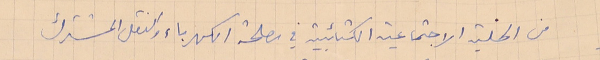
من الخلية الاجتماعية الكتائبية في مصلحة الكهرباء والنقل المشترك